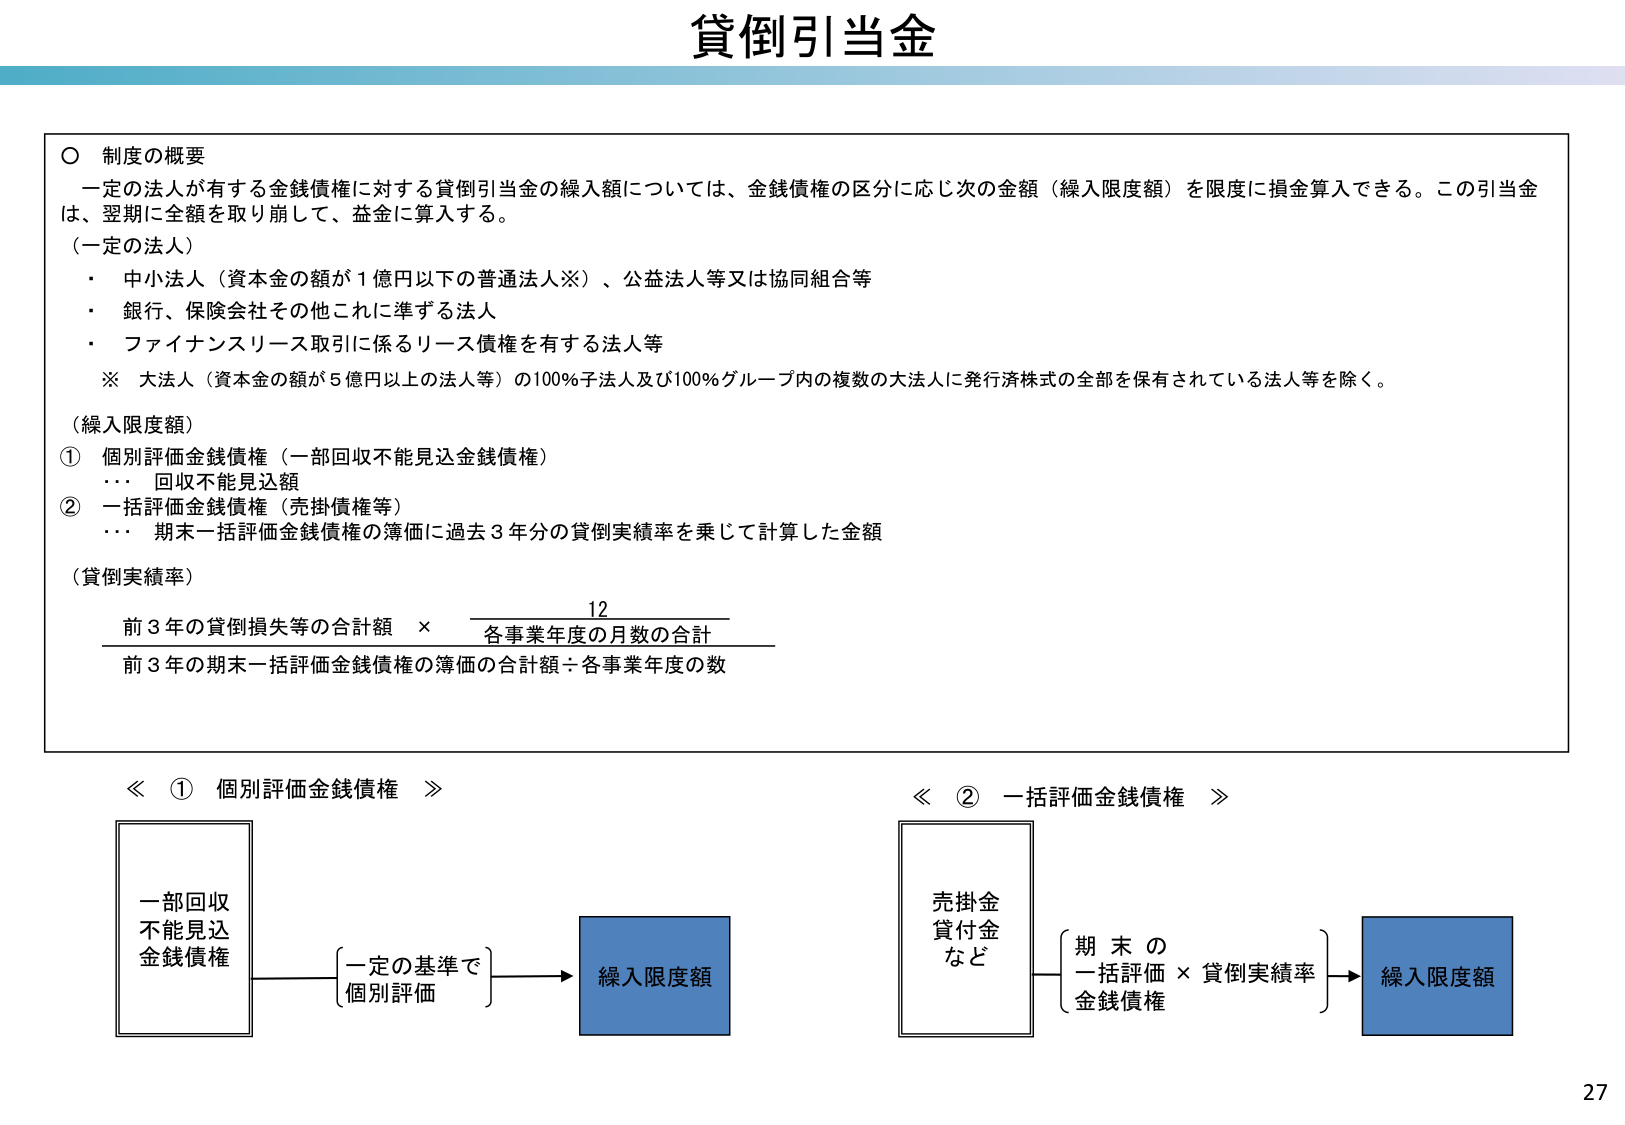
貸倒引当金

○ 制度の概要
一定の法人が有する金銭債権に対する貸倒引当金の繰入額については、金銭債権の区分に応じ次の金額（繰入限度額）を限度に損金算入できる。この引当金は、翌期に全額を取り崩して、益金に算入する。

（一定の法人）
・ 中小法人（資本金の額が1億円以下の普通法人※）、公益法人等又は協同組合等
・ 銀行、保険会社その他これに準ずる法人
・ ファイナンスリース取引に係るリース債権を有する法人等

※ 大法人（資本金の額が5億円以上の法人等）の100％子法人及び100％グループ内の複数の大法人に発行済株式の全部を保有されている法人等を除く。

（繰入限度額）
① 個別評価金銭債権（一部回収不能見込金銭債権）
　… 回収不能見込額
② 一括評価金銭債権（売掛債権等）
　… 期末一括評価金銭債権の簿価に過去3年分の貸倒実績率を乗じて計算した金額

（貸倒実績率）
　　前3年の貸倒損失等の合計額　×　12
　　——————————————————————
　　前3年の期末一括評価金銭債権の簿価の合計額÷各事業年度の数
　　　　　　　　　　　　　　　各事業年度の月数の合計

≪ ① 個別評価金銭債権 ≫
一部回収
不能見込
金銭債権
　　　　　　　　┌一定の基準で┐
　　　　　　　　└個別評価　 ┘
　　　　　　　　　　　　　　　→ 繰入限度額

≪ ② 一括評価金銭債権 ≫
売掛金
貸付金
など
　　　　　　　　┌ 期末の　　　　┐
　　　　　　　　│一括評価　× 貸倒実績率│
　　　　　　　　│金銭債権　　　　│
　　　　　　　　└　　　　　　　　┘
　　　　　　　　　　　　　　　→ 繰入限度額

27